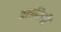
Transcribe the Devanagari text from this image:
वळविली